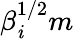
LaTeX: \beta_{\mathit{i}}^{1/2}m